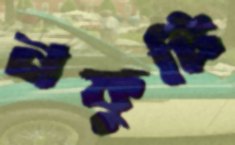
নফুটি